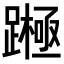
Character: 𨅰